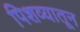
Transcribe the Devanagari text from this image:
पिशव्यातून